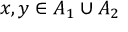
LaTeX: x , y \in A _ { 1 } \cup A _ { 2 }